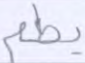
يطعم